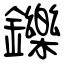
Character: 鑠